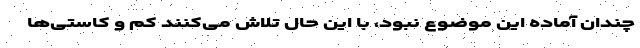
چندان آماده این موضوع نبود، با این حال تلاش می‌کنند کم و کاستی‌ها